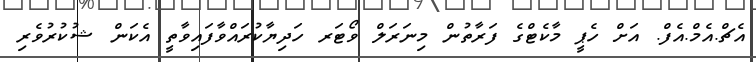
އެޗް.އެމް.އެފް. އަށް ހެޕީ މާކެޓްގެ ފަރާތުން މިނަރަލް ވޯޓަރ ހަދިޔާކުރައްވާފައިވާތީ އެކަން ޝުކުރުވެރި